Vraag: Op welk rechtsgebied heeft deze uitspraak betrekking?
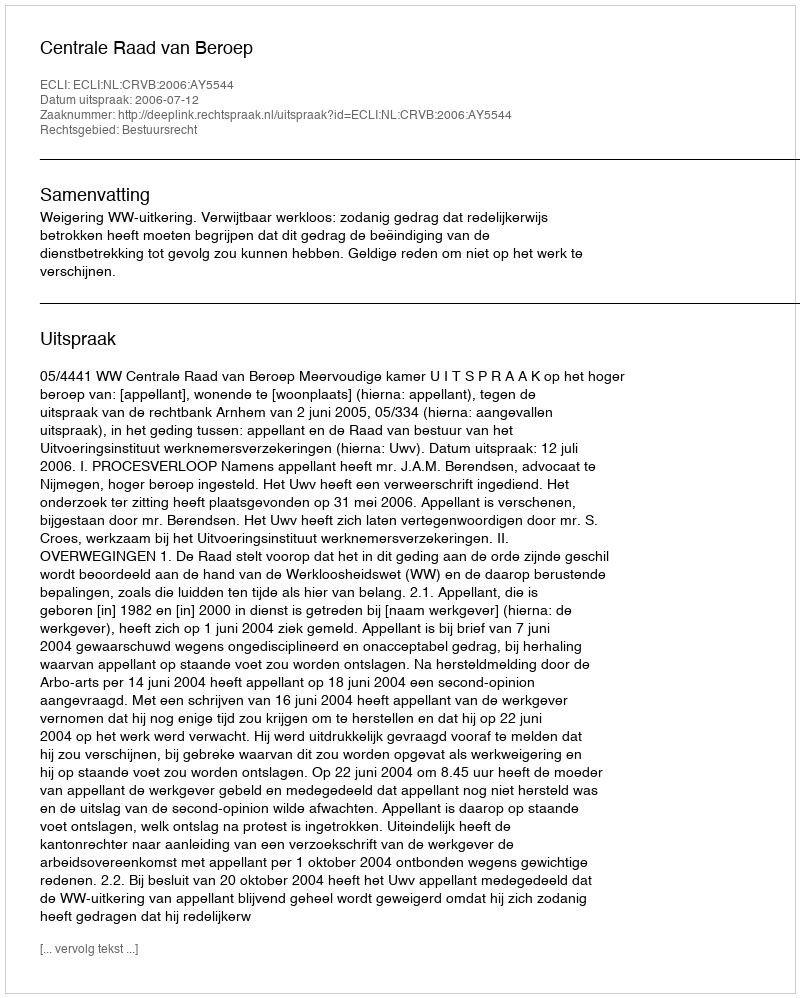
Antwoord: Bestuursrecht